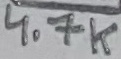
Text: 4.7K